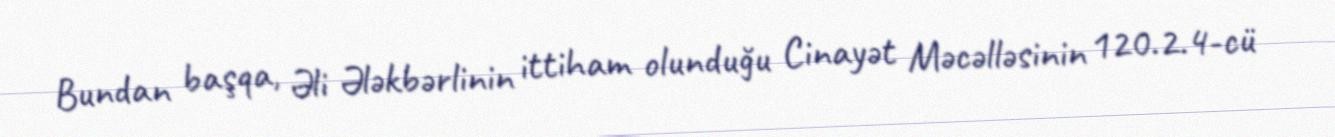
Bundan başqa, Əli Ələkbərlinin ittiham olunduğu Cinayət Məcəlləsinin 120.2.4-cü